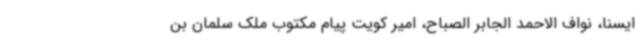
ایسنا، نواف الاحمد الجابر الصباح، امیر کویت پیام مکتوب ملک سلمان بن